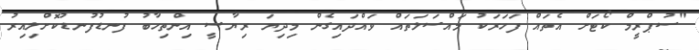
"ސުޕްރީމް ކޯޓަށް އެތައް ފަހަރަކު މައްސަލަތައް ވައްދައިގެން މިދިޔަ ރިޔާސީ އިންތިހާބު ފުނޑުފުނޑުކޮށްލިއިރު